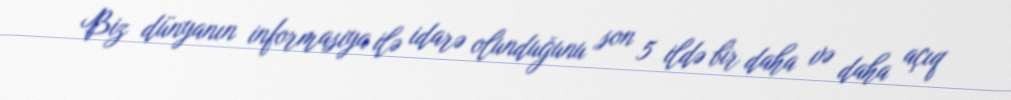
Biz dünyanın informasiya ilə idarə olunduğunu son 5 ildə bir daha və daha açıq